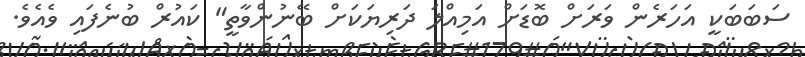
ސަބަބަކީ އަހަރެން ވަރަށް ބޮޑަށް އަމިއްލަ ދަރިޔަކަށް ބޭނުންވާތީ" ކައުރް ބުނެފައި ވެއެވެ.